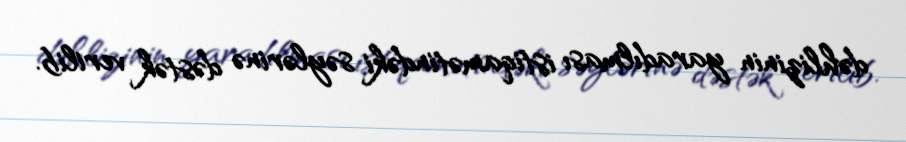
dəhlizinin yaradılması istiqamətindəki səylərinə dəstək verilib.